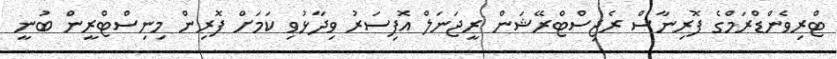
ޓްރިވެންޑްރަމްގެ ފޮރިނާސް ރެޖިސްޓްރޭޝަން ރީޖަނަލް އޮފިސަރު ވިދާޅުވި ކަމަށް ފޮރިން މިނިސްޓްރީން ބުނީ